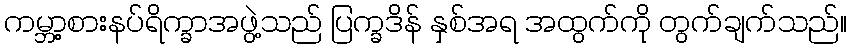
ကမ္ဘာ့စားနပ်ရိက္ခာအဖွဲ့သည် ပြက္ခဒိန် နှစ်အရ အထွက်ကို တွက်ချက်သည်။